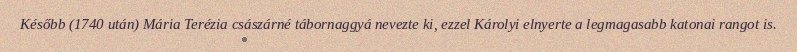
Később (1740 után) Mária Terézia császárné tábornaggyá nevezte ki, ezzel Károlyi elnyerte a legmagasabb katonai rangot is.